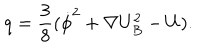
q = \frac { 3 } { 8 } ( \dot { \phi } ^ { 2 } + \nabla U _ { B } ^ { 2 } - U ) .